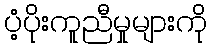
ပံ့ပိုးကူညီမှုများကို